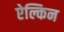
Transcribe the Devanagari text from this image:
ऐल्किन